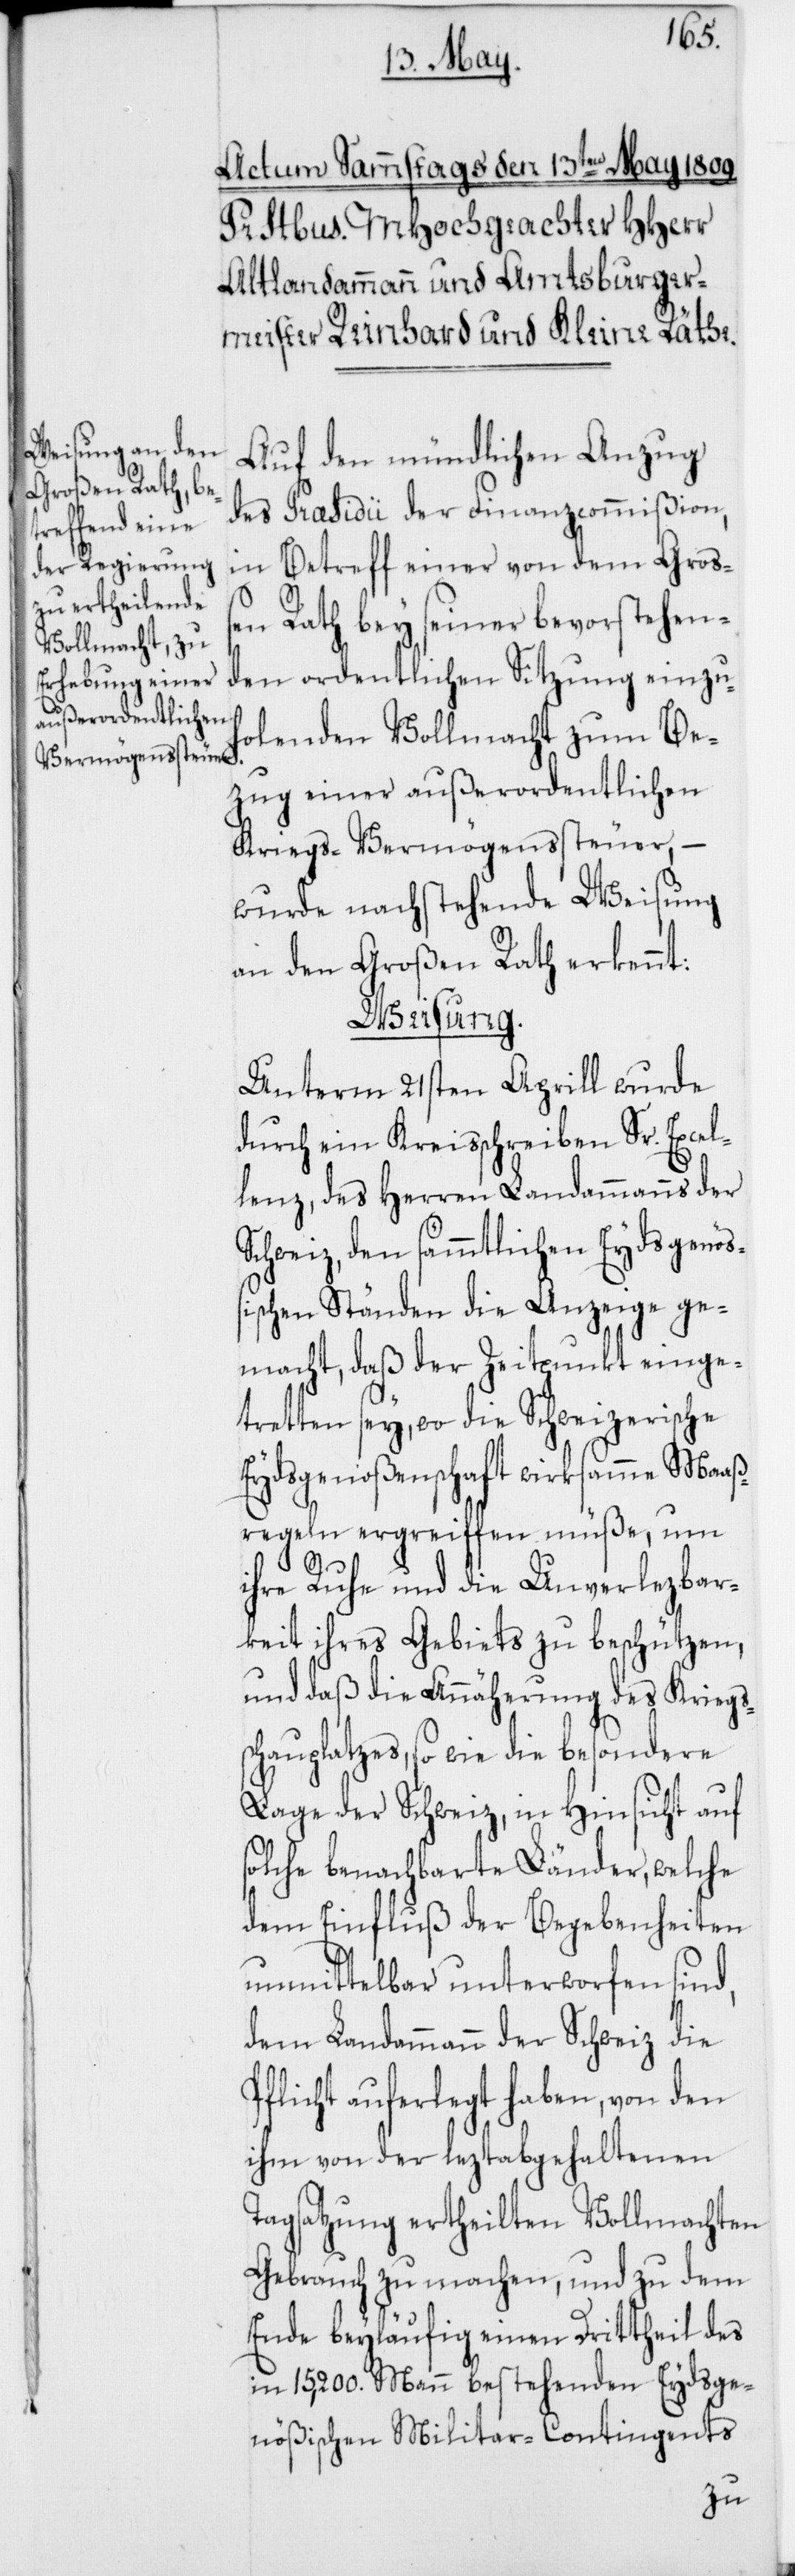
s¬

Auf den mündlichen Anzug
des Präsidii der Finanzcommißion,
in Betreff einer von dem Groß¬
en Rath bey seiner bevorstehen¬
den ordentlichen Sitzung einzu¬
holenden Vollmacht zum Be¬
zug einer außerordentlichen
Kriegs-Vermögenssteuer,
wurde nachstehende Weisung
an den Großen Rath erkennt:
Weisung.
Unterm 21sten Aprill wurde
durch ein Kreisschreiben Sr. Excel¬
lenz, des Herren Landammanns der
Schweiz, den sämmtlichen Eydsgenöß¬
ischen Ständen die Anzeige ge¬
macht, daß der Zeitpunkt einge¬
tretten sey, wo die Schweizerische
Eydsgenoßenschaft wirksame Maaß¬
regeln ergreiffen müße, um
ihre Ruhe und die Unverlezbar¬
keit ihres Gebietes zu beschützen,
und daß die Annäherung des Kriegs¬
chauplatzes, so wie die besondere
Lage der Schweiz, in Hinsicht auf
solche benachbarte Länder, welche
dem Einfluß der Begebenheiten
unmittelbar unterworfen sind,
dem Landammann der Schweiz die
Pflicht auferlegt haben, von den
ihm von der leztabgehaltenen
Tagsatzung ertheilten Vollmachten
Gebrauch zu machen, und zu dem
Ende beyläufig einen Drittheil des
in 15,200. Mann bestehenden Eydsge¬
nößischen Militar-Contingents